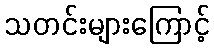
သတင်းများကြောင့်